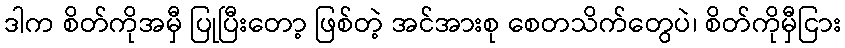
ဒါက စိတ်ကိုအမှီ ပြုပြီးတော့ ဖြစ်တဲ့ အင်အားစု စေတသိက်တွေပဲ၊ စိတ်ကိုမှီငြား